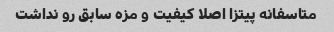
متاسفانه پیتزا اصلا کیفیت و مزه سابق رو نداشت